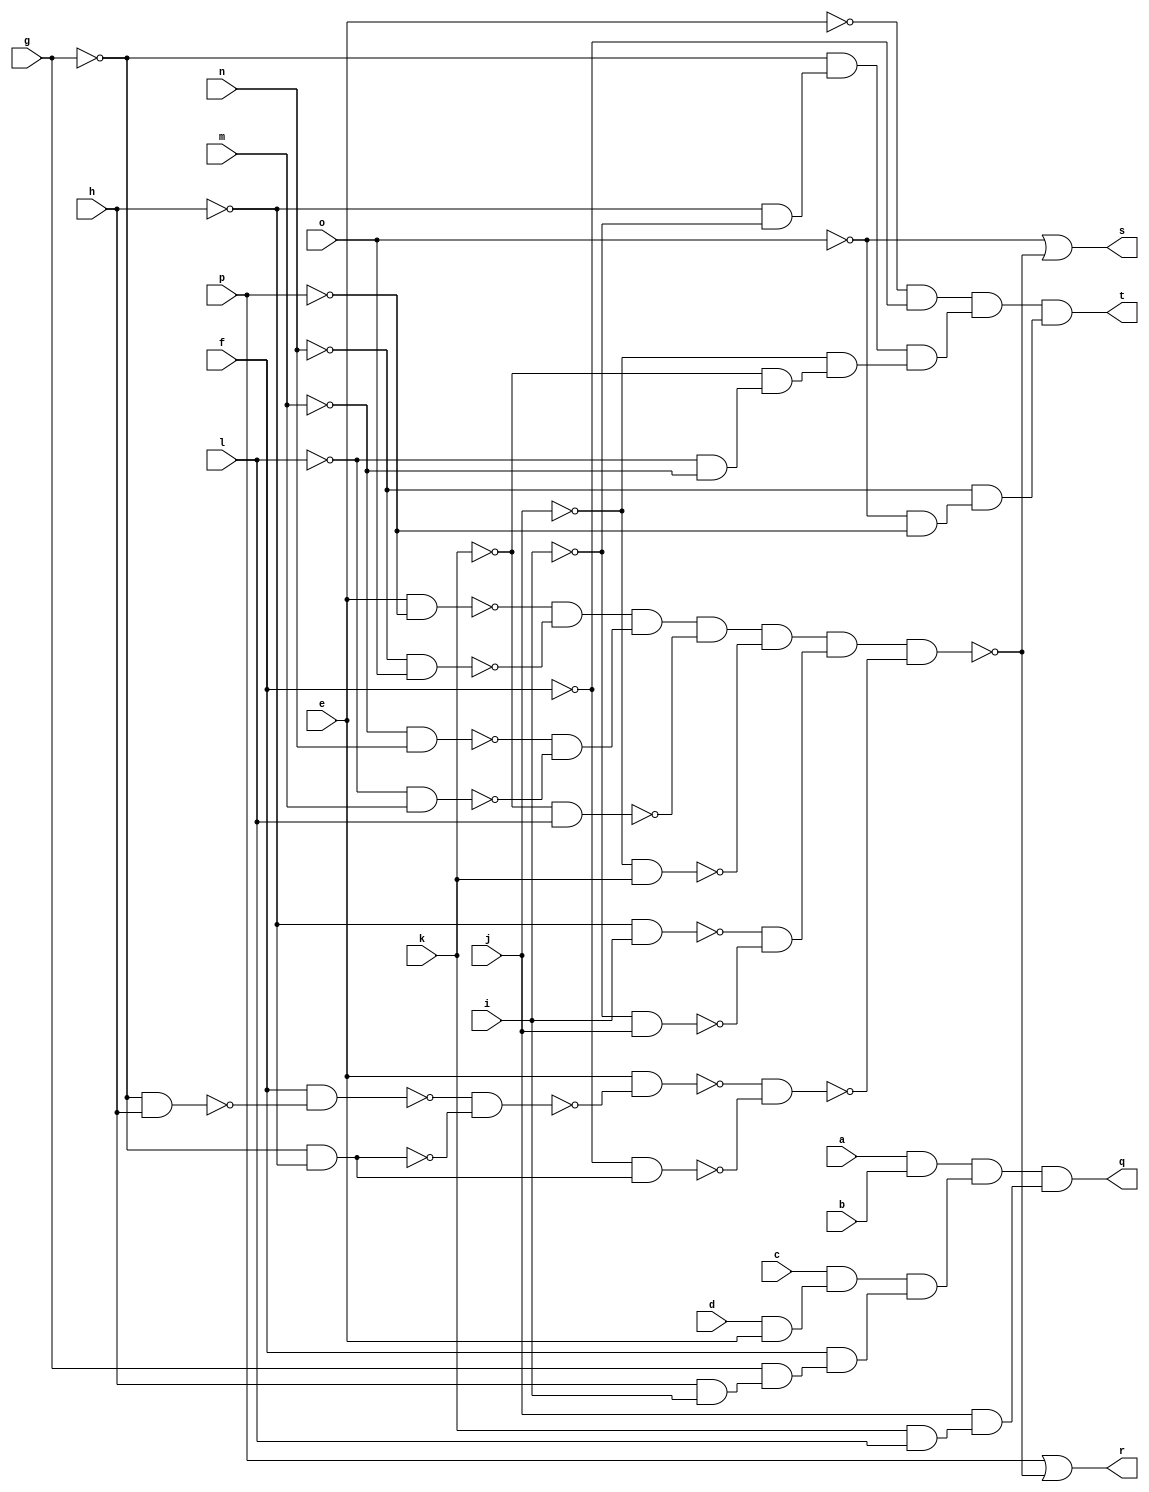
module cmb ( 
    a, b, c, d, e, f, g, h, i, j, k, l, m, n, o, p,
    q, r, s, t  );
  input  a, b, c, d, e, f, g, h, i, j, k, l, m, n, o, p;
  output q, r, s, t;
  wire new_n21_, new_n22_, new_n23_, new_n24_, new_n25_, new_n26_, new_n27_,
    new_n28_, new_n29_, new_n30_, new_n32_, new_n33_, new_n34_, new_n35_,
    new_n36_, new_n37_, new_n38_, new_n39_, new_n40_, new_n41_, new_n42_,
    new_n43_, new_n44_, new_n45_, new_n46_, new_n47_, new_n48_, new_n49_,
    new_n50_, new_n51_, new_n52_, new_n53_, new_n54_, new_n57_, new_n58_,
    new_n59_, new_n60_, new_n61_, new_n62_, new_n63_, new_n64_, new_n65_,
    new_n66_;
  assign new_n21_ = d & e;
  assign new_n22_ = c & new_n21_;
  assign new_n23_ = h & i;
  assign new_n24_ = g & new_n23_;
  assign new_n25_ = f & new_n24_;
  assign new_n26_ = a & b;
  assign new_n27_ = new_n22_ & new_n25_;
  assign new_n28_ = new_n26_ & new_n27_;
  assign new_n29_ = k & l;
  assign new_n30_ = j & new_n29_;
  assign q = new_n28_ & new_n30_;
  assign new_n32_ = e & ~p;
  assign new_n33_ = ~n & o;
  assign new_n34_ = ~new_n32_ & ~new_n33_;
  assign new_n35_ = ~m & n;
  assign new_n36_ = ~l & m;
  assign new_n37_ = ~new_n35_ & ~new_n36_;
  assign new_n38_ = new_n34_ & new_n37_;
  assign new_n39_ = ~k & l;
  assign new_n40_ = new_n38_ & ~new_n39_;
  assign new_n41_ = ~j & k;
  assign new_n42_ = new_n40_ & ~new_n41_;
  assign new_n43_ = ~h & i;
  assign new_n44_ = ~i & j;
  assign new_n45_ = ~new_n43_ & ~new_n44_;
  assign new_n46_ = new_n42_ & new_n45_;
  assign new_n47_ = ~g & h;
  assign new_n48_ = f & ~new_n47_;
  assign new_n49_ = ~g & ~h;
  assign new_n50_ = ~new_n48_ & ~new_n49_;
  assign new_n51_ = e & ~new_n50_;
  assign new_n52_ = ~f & new_n49_;
  assign new_n53_ = ~new_n51_ & ~new_n52_;
  assign new_n54_ = new_n46_ & ~new_n53_;
  assign r = p | ~new_n54_;
  assign s = ~o | ~new_n54_;
  assign new_n57_ = ~h & ~i;
  assign new_n58_ = ~g & new_n57_;
  assign new_n59_ = ~l & ~m;
  assign new_n60_ = ~k & new_n59_;
  assign new_n61_ = ~j & new_n60_;
  assign new_n62_ = ~e & ~f;
  assign new_n63_ = new_n58_ & new_n61_;
  assign new_n64_ = new_n62_ & new_n63_;
  assign new_n65_ = ~o & ~p;
  assign new_n66_ = ~n & new_n65_;
  assign t = new_n64_ & new_n66_;
endmodule